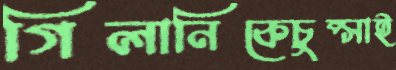
গিলানিকেচুপ্‌সাই